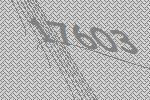
17603